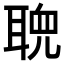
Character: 𬚠